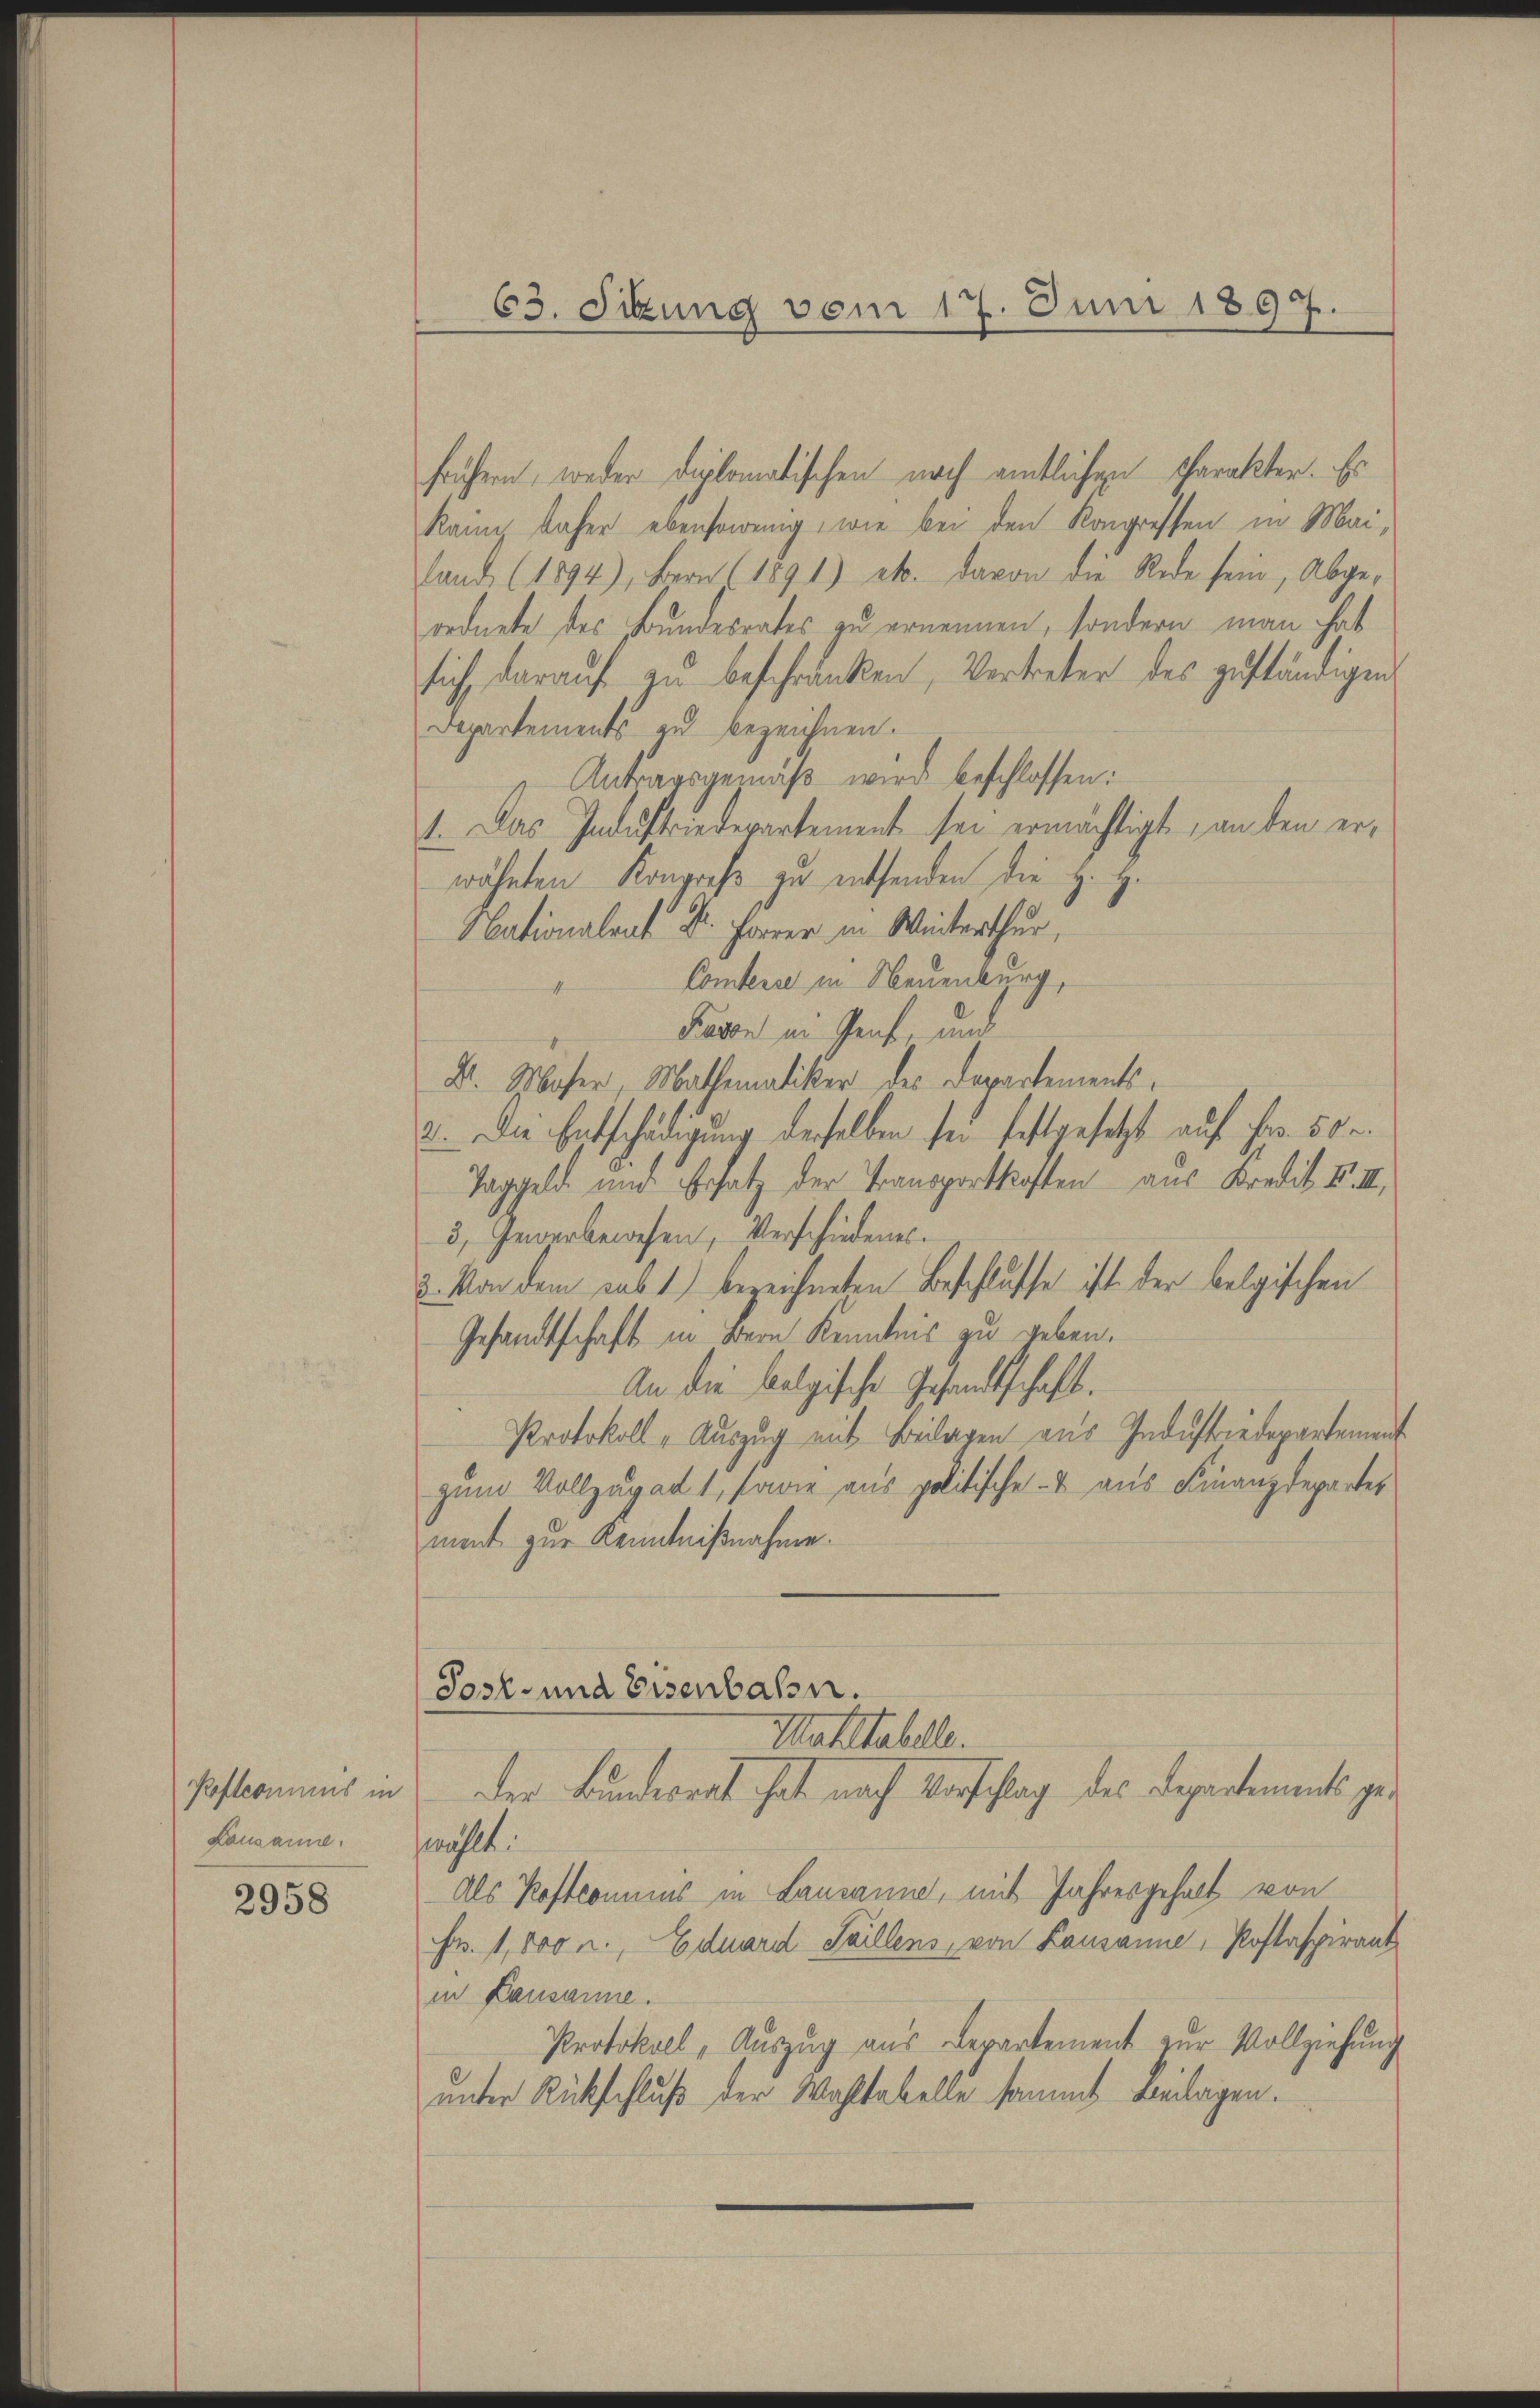
Koftconius in
Lausanne.

2958

frühern, weder diplomatischen noch amtlichen Charakter. Es
kain daher ebensowenig, wie bei den Kongressen in Mailand (1894), Bern (1891) etc. davon die Rede sein, Abge-
ordnete des Bundesrates zu ernennen, sondern man hat
sich daraŭf zŭ beschranken, Vertreter des zuständigen
Departements zu bezeichnen.
Antragsgemäß wird beschlossen:
1. Das Industriedepartement sei ermächtigt, an den erwähnten Kongress zu entsenden die z. Z.
Nationalent Dr. Forrer in Winterthur,
Comtesse in Neuenburg,
Pavon in Genf, und
Dr. Moser, Mallemaliker des Departements¬
2. Die Entschädigung derselben sei festgesetzt auf Fr. 50 r.
Taggeld und Ersatz der Transportkosten aus Kredit F. III
3, Gewerbewesen, Verschiedenes.
2. Von dem sub 1.) bezeichneten Beschlusse ist der belgischen
Gesandtschaft in Bern Kenntnis zu geben.
An die belgische Gesandtschaft.
Protokoll - Auszug mit Beilagen aus Industriedepartement
zum Vollzug ad 1, sowie aus politische & aus Finanzdepartes
ment zur Kenntnißnahme.
Post- und Eisenbahn.
Matltabelle.
Der Bundesrat hat nach Vorschlag des Departements gewählt.
Als Koftconius in Lausanne, mit Jahresgehalt von
Fr. 1,800 u. Eduard Saillens, von Lausanne, Postaspirant
in Lausanne.
Protokoll, Aŭszŭg aŭs Departement zŭr Vollziehŭng
unter Rückschluß der Wahltabelle sammt Beilagen.

63. Sitzung vom 17. Juni 1897.